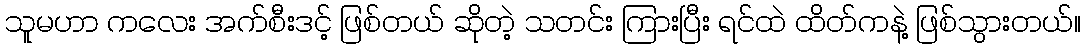
သူမဟာ ကလေး အက်စီးဒင့် ဖြစ်တယ် ဆိုတဲ့ သတင်း ကြားပြီး ရင်ထဲ ထိတ်ကနဲ့ ဖြစ်သွားတယ်။